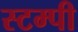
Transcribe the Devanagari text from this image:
स्टम्पी